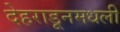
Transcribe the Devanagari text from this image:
देहराडूनमधली